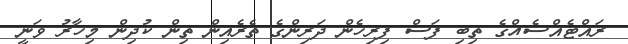
ރައްޓެއްސެއްގެ ތިބި ފަސް ފިރިހެން ދަރިންގެ ތެރެއިން ތިން ކުދިން މިހާރު ވަނީ